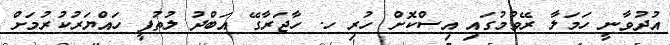
އުދުވާނީ ހަމަލާ ރޭވުމުގައި އިސްކޮށް ހުރި ހ. ހާޖަރާގޭ އަބްދު ލުތުފީ ހައްޔަރުކުރުމަށް